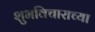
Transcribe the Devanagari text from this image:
शुभविचाराच्या